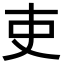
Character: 吏